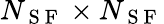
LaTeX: N_{\mathrm{~S~F~}}\times N_{\mathrm{~S~F~}}